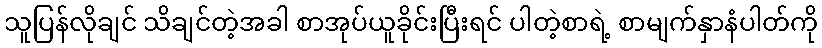
သူပြန်လိုချင် သိချင်တဲ့အခါ စာအုပ်ယူခိုင်းပြီးရင် ပါတဲ့စာရဲ့ စာမျက်နှာနံပါတ်ကို